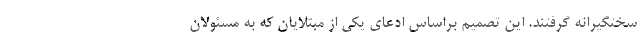
سختگیرانه گرفتند. این تصمیم براساس ادعای یکی از مبتلایان که به مسئولان